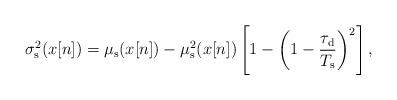
LaTeX: \begin{align*}\sigma_{\rm s}^2 (x[n])=\mu_{\rm s} (x[n])-\mu_{\rm s}^2 (x[n])\left[1-\left(1-\frac{\tau_{\rm d}}{T_{\rm s}}\right)^2\right],\end{align*}